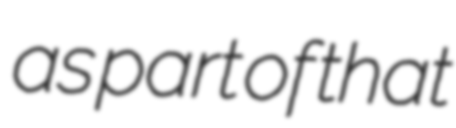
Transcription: as part of that